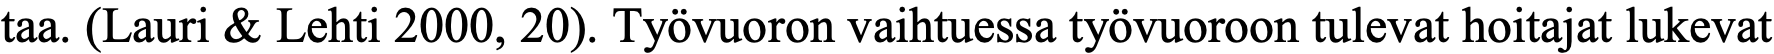
taa. (Lauri & Lehti 2000, 20). Työvuoron vaihtuessa työvuoroon tulevat hoitajat lukevat